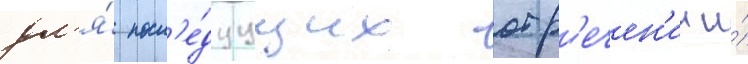
дл'я́ посл'е́дуущих отр'ечен'ии и́